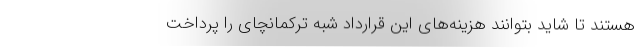
هستند تا شاید بتوانند هزینه‌های این قرارداد شبه ترکمانچای را پرداخت